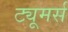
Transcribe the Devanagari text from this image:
ट्यूमर्स